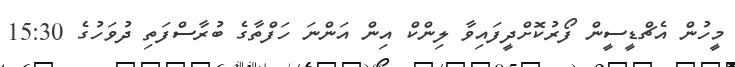
މީހުން އެޗްޑީސީން ފޯރުކޮށްދީފައިވާ ލިންކް އިން އަންނަ ހަފްތާގެ ބުރާސްފަތި ދުވަހުގެ 15:30